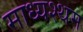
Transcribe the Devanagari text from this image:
माध्यश्थम